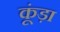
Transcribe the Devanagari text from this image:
कूंड़ा